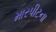
મારપીટના